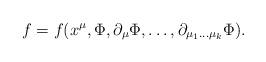
LaTeX: \begin{align*}f=f(x^\mu,\Phi,\partial_\mu\Phi,\ldots,\partial_{{\mu_1}\ldots{\mu_k}}\Phi).\end{align*}